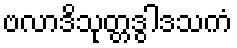
ဗလာဒိသုတ္တဒွါဒသကံ